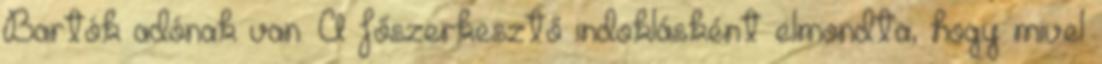
Bartók adónak van. A főszerkesztő indoklásként elmondta, hogy mivel